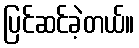
ပြင်ဆင်ခဲ့တယ်။